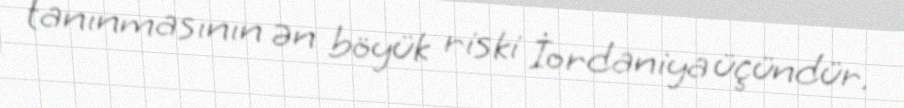
tanınmasının ən böyük riski İordaniya üçündür.